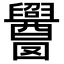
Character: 𬜁